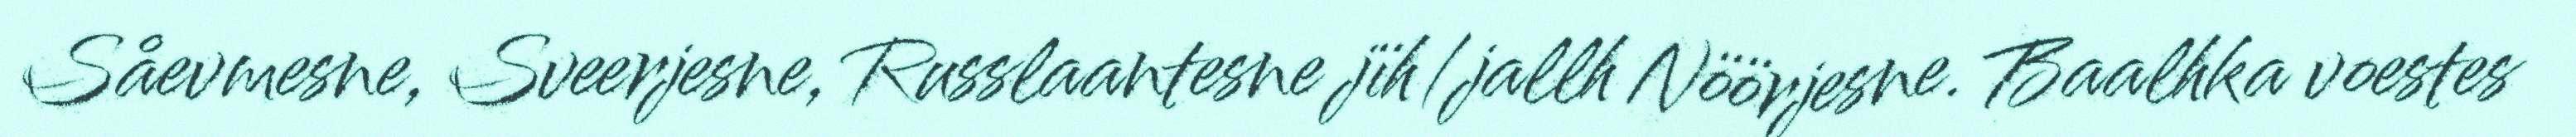
Såevmesne, Sveerjesne, Russlaantesne jïh/jallh Nöörjesne. Baalhka voestes